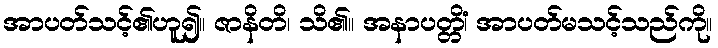
အာပတ်သင့်၏ဟူ၍။ ဇာနိတိ၊ သိ၏။ အနာပတ္တိံ၊ အာပတ်မသင့်သည်ကို။